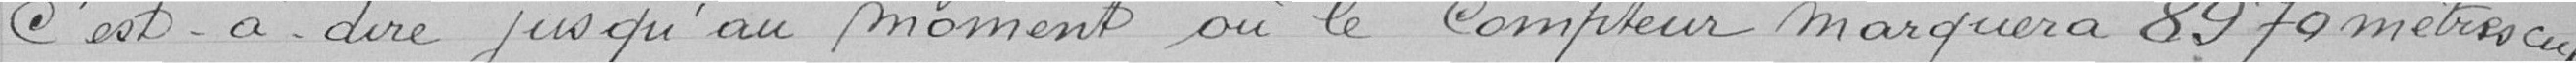
C'est-à-dire jusqu'au moment où le compteur marquera 8970 mètres cubes.